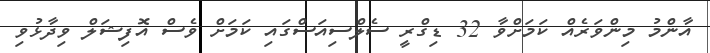
އާންމު މިންވަރެއް ކަމަށްވާ 32 ޑިގްރީ ސެލްސިއަސްގައި ކަމަށް ވެސް އޮފިޝަލް ވިދާޅުވި